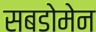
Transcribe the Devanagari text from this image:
सबडोमेन